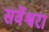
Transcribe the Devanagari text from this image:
सर्वेश्वरा